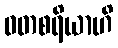
ဝတစရိယာဟိ